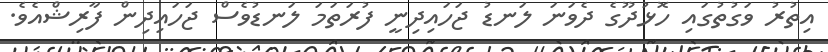
އިތުރު ވަގުތުގައި ހޮޅުދޫގެ ދެވަނަ ލަނޑު ޖަހައިދިނީ ފުރަތަމަ ލަނޑުވެސް ޖަހައިދިން ފާރިޝްއެވެ.